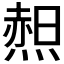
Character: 𱫿